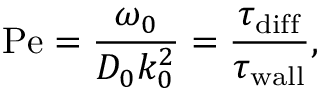
\mathrm { P e } = \frac { \omega _ { 0 } } { D _ { 0 } k _ { 0 } ^ { 2 } } = \frac { \tau _ { \mathrm { d i f f } } } { \tau _ { \mathrm { w a l l } } } ,